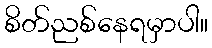
စိတ်ညစ်နေရမှာပါ။